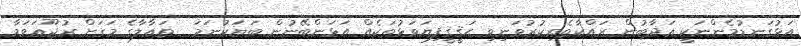
އަޅުގަނޑުމެންނަކީ ޢަޛާބުން ރައްކާތެރިކުރުވަނިވި ޙަޤީޤީފިޔަވަޅުތަކެއް އަޅަންބޭނުން ބަޔަކުނަމަ  ތަޢާލާގެ މަގަށް ރުޖޫޢަވަމާ